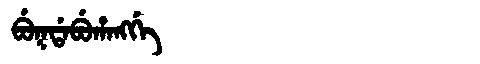
Manchu: ᠪᡠᡴᡩᠠᠪᡠᡥᠠᠩᡤᡝ
Romanization: BUKDABUHANGGE